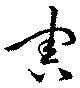
害